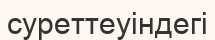
суреттеуіндегі